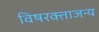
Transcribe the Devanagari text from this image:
विषरक्ताजन्य